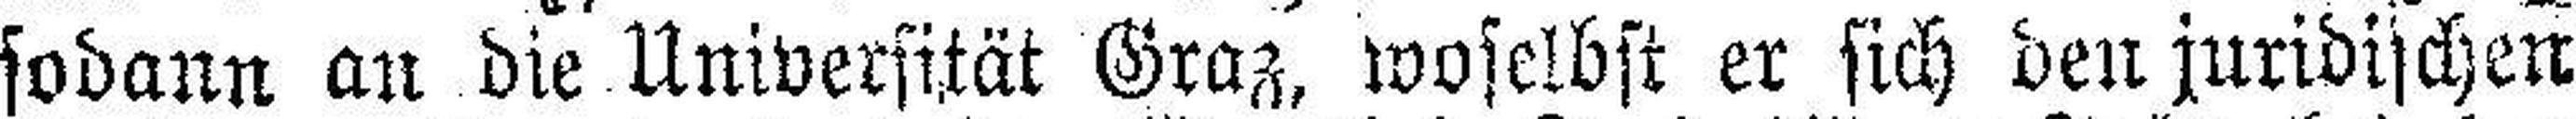
sodann an die Universität Graz, woselbst er sich den juridischen